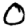
Digit: 0